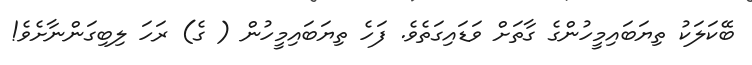
ބޭކަލަކު ތިޔަބައިމީހުންގެ ގާތަށް ވަޑައިގަތެވެ. ފަހެ ތިޔަބައިމީހުން ( ގެ) ރަހަ ލިބިގަންނާށެވެ!